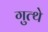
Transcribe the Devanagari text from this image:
गुत्थे